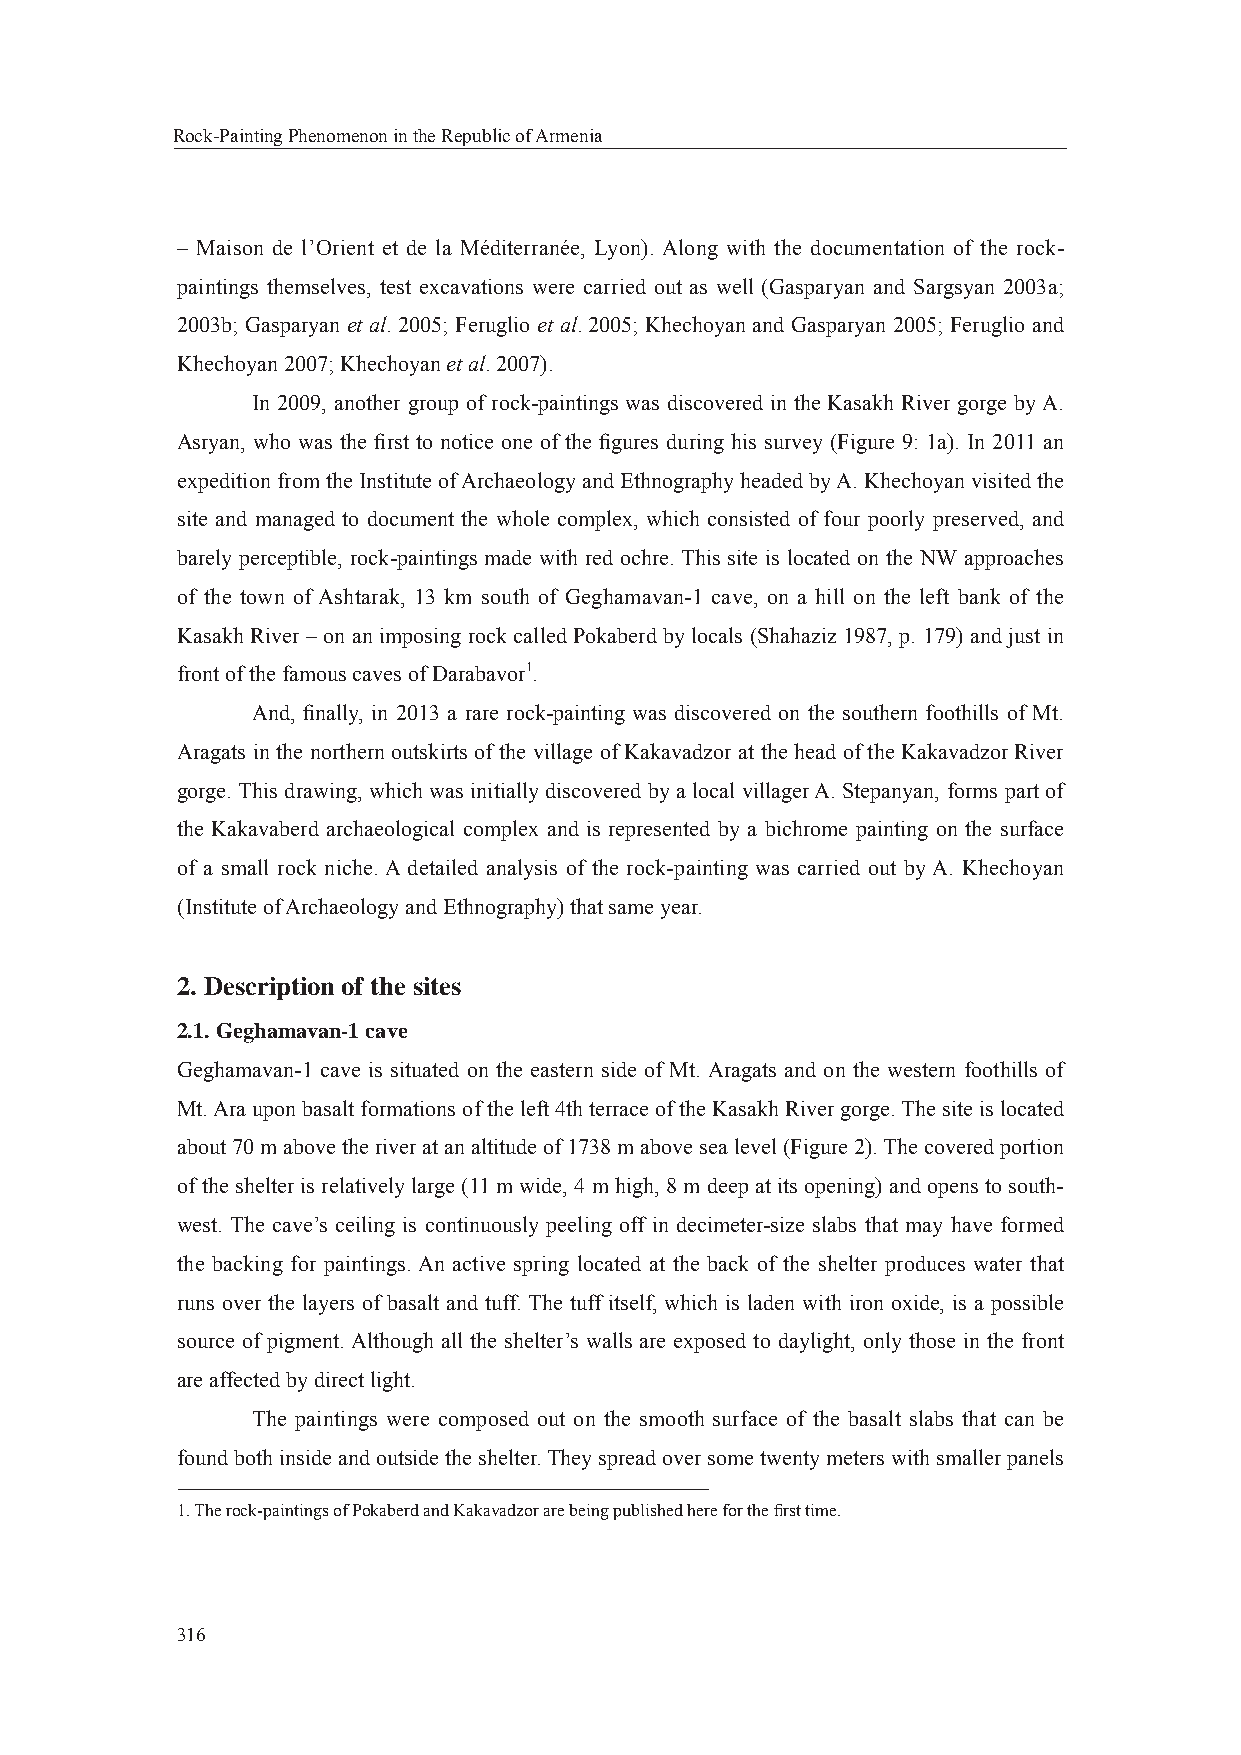
Rock-Painting Phenomenon in the Republic of Armenia
 – Maison de l’Orient et de la Méditerranée, Lyon). Along with the documentation of the rock-
 paintings themselves, test excavations were carried out as well (Gasparyan and Sargsyan 2003a;
 2003b; Gasparyan et al. 2005; Feruglio et al. 2005; Khechoyan and Gasparyan 2005; Feruglio and
 Khechoyan 2007; Khechoyan et al. 2007).
 In 2009, another group of rock-paintings was discovered in the Kasakh River gorge by A.
 Asryan, who was the fi rst to notice one of the fi gures during his survey (Figure 9: 1a). In 2011 an
 expedition from the Institute of Archaeology and Ethnography headed by A. Khechoyan visited the
 site and managed to document the whole complex, which consisted of four poorly preserved, and
 barely perceptible, rock-paintings made with red ochre. This site is located on the NW approaches
 of the town of Ashtarak, 13 km south of Geghamavan-1 cave, on a hill on the left bank of the
 Kasakh River – on an imposing rock called Pokaberd by locals (Shahaziz 1987, p. 179) and just in
 front of the famous caves of Darabavor1.
 And, fi nally, in 2013 a rare rock-painting was discovered on the southern foothills of Mt.
 Aragats in the northern outskirts of the village of Kakavadzor at the head of the Kakavadzor River
 gorge. This drawing, which was initially discovered by a local villager A. Stepanyan, forms part of
 the Kakavaberd archaeological complex and is represented by a bichrome painting on the surface
 of a small rock niche. A detailed analysis of the rock-painting was carried out by A. Khechoyan
 (Institute of Archaeology and Ethnography) that same year.
 2. Description of the sites
 2.1. Geghamavan-1 cave
 Geghamavan-1 cave is situated on the eastern side of Mt. Aragats and on the western foothills of
 Mt. Ara upon basalt formations of the left 4th terrace of the Kasakh River gorge. The site is located
 about 70 m above the river at an altitude of 1738 m above sea level (Figure 2). The covered portion
 of the shelter is relatively large (11 m wide, 4 m high, 8 m deep at its opening) and opens to south-
 west. The cave’s ceiling is continuously peeling off in decimeter-size slabs that may have formed
 the backing for paintings. An active spring located at the back of the shelter produces water that
 runs over the layers of basalt and tuff. The tuff itself, which is laden with iron oxide, is a possible
 source of pigment. Although all the shelter’s walls are exposed to daylight, only those in the front
 are affected by direct light.
 The paintings were composed out on the smooth surface of the basalt slabs that can be
 found both inside and outside the shelter. They spread over some twenty meters with smaller panels
 1. The rock-paintings of Pokaberd and Kakavadzor are being published here for the fi rst time.
 316